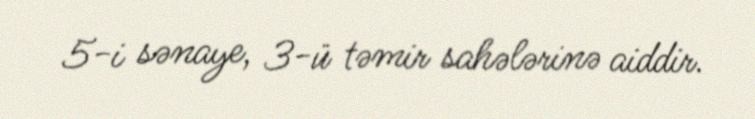
5-i sənaye, 3-ü təmir sahələrinə aiddir.